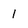
Character: 1